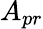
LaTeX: A_{pr}